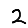
Digit: 2